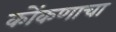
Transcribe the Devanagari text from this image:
कोंकणाचा